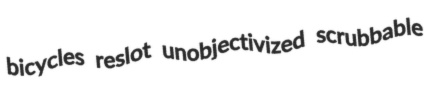
bicycles reslot unobjectivized scrubbable